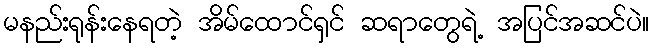
မနည်းရုန်းနေရတဲ့ အိမ်ထောင်ရှင် ဆရာတွေရဲ့ အပြင်အဆင်ပဲ။